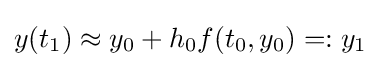
y(t_{1})\approx y_{0}+h_{0}f(t_{0},y_{0})=:y_{1}